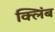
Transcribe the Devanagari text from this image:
क्लिंब